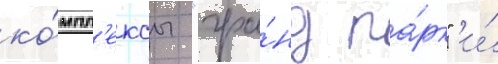
ко́мпл'ексы "гра́нд па́рк" и́